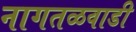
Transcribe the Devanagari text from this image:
नागतळवाडी